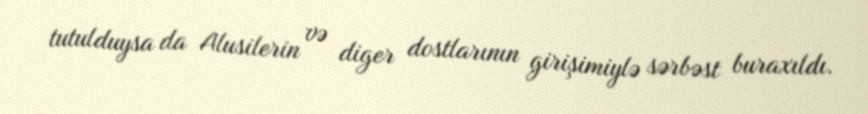
tutulduysa da Alusilerin və diger dostlarının girişimiylə sərbəst buraxıldı.